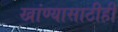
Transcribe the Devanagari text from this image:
खांण्यासाठीही